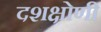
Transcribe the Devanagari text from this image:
दशक्षोणी